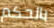
بالحكم